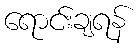
ရောင်းချရန်